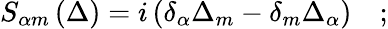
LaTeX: S_{\alpha m}\left(\Delta\right)=i\left(\delta_{\alpha}\Delta_{m}-\delta_{m}\Delta_{\alpha}\right)\quad;